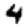
Digit: 4